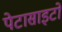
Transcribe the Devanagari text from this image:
पेटासाइटों